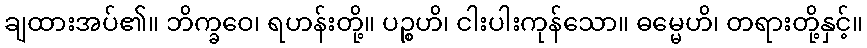
ချထားအပ်၏။ ဘိက္ခဝေ၊ ရဟန်းတို့။ ပဉ္စဟိ၊ ငါးပါးကုန်သော။ ဓမ္မေဟိ၊ တရားတို့နှင့်။